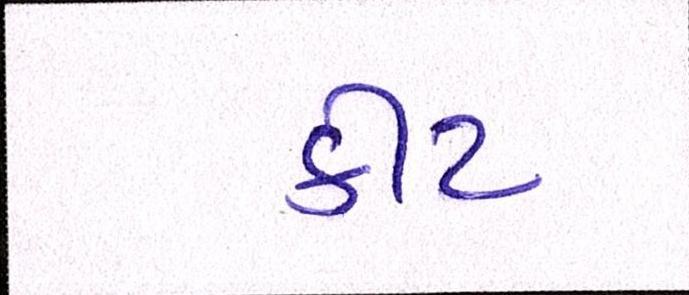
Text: કીટ